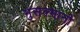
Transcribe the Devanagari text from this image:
मुसल्मानो